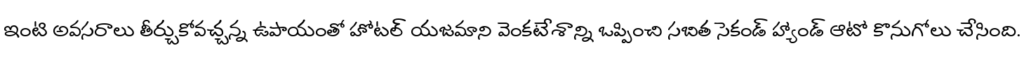
ఇంటి అవసరాలు తీర్చుకోవచ్చన్న ఉపాయంతో హోటల్ యజమాని వెంకటేశాన్ని ఒప్పించి సబిత సెకండ్ హ్యాండ్ ఆటో కొనుగోలు చేసింది.